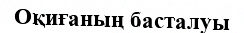
Оқиғаның басталуы